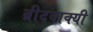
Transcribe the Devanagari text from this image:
ब्रीदवाक्यी